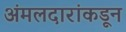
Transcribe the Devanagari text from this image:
अंमलदारांकडून